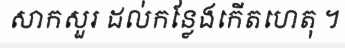
សាកសួរ ដល់កន្លែងកើតហេតុ ។